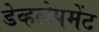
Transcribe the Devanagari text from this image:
डेव्हलेपमेंट